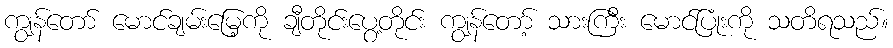
ကျွန်တော် မောင်ချမ်းမြေ့ကို ချီတိုင်းပွေ့တိုင်း ကျွန်တော့် သားကြီး မောင်ပြုံးကို သတိရသည်။